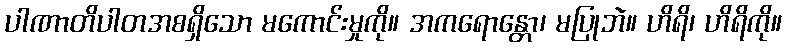
ပါဏာတိပါတအစရှိသော မကောင်းမှုကို။ အကရောန္တော၊ မပြုဘဲ။ ဟိရိ၊ ဟိရိကို။